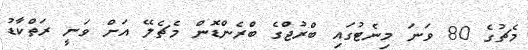
މެޗުގެ 80 ވަނަ މިނެޓުގައި ބްރުޖްގެ ބްރެންޑޮން މެޗެލޭ އަށް ވަނީ ރަތްކާޑު